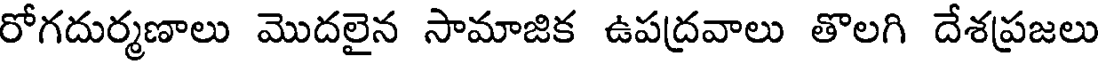
రోగదుర్మణాలు మొదలైన సామాజిక ఉపద్రవాలు తొలగి దేశప్రజలు